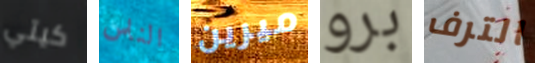
كيتي الناس ميرين برو الترف